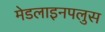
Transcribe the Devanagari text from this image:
मेडलाइनपलुस